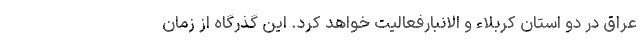
عراق در دو استان کربلاء و الانبارفعالیت خواهد کرد. این گذرگاه از زمان